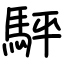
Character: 駍